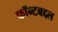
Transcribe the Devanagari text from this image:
फॉन्टबद्दल